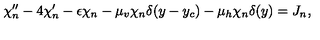
\chi _ { n } ^ { \prime \prime } - 4 \chi _ { n } ^ { \prime } - \epsilon \chi _ { n } - \mu _ { v } \chi _ { n } \delta ( y - y _ { c } ) - \mu _ { h } \chi _ { n } \delta ( y ) = J _ { n } ,